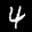
Label: 4